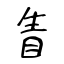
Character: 眚